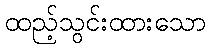
ထည့်သွင်းထားသော